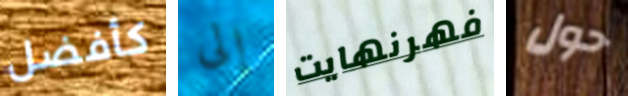
كأفضل إلى فهرنهايت حول